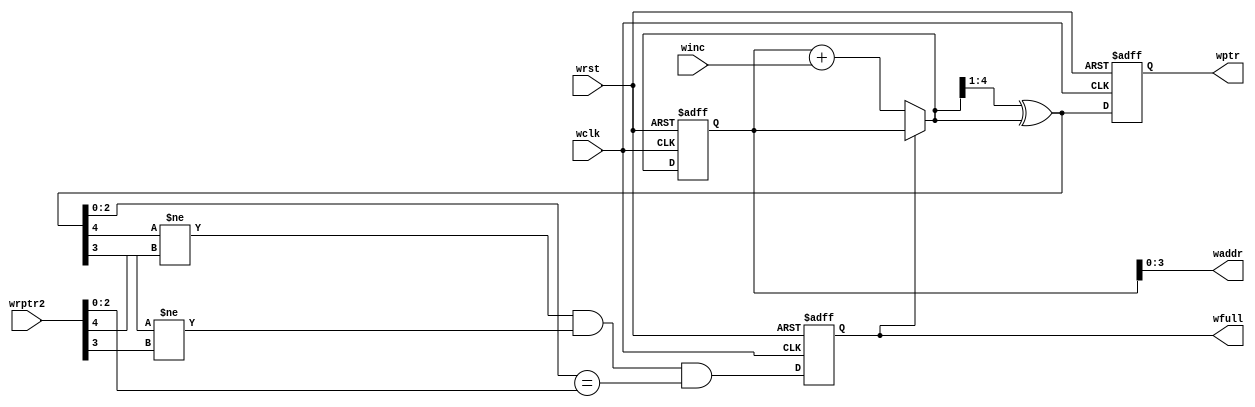
module wptr_full #(parameter ADDRSIZE = 4)
	 (
    output     [ADDRSIZE-1:0] waddr,
    output reg [ADDRSIZE:0]   wptr,
    output reg                wfull,
	 
    input      [ADDRSIZE:0]   wrptr2,
    input                     winc, wclk, wrst
    );

reg [ADDRSIZE:0] wbin, wgnext, wbnext;

// Grey code pointer
always @(posedge wclk or posedge wrst) begin
    if (wrst) begin
        wptr <= 0;
        wbin <= 0;
    end
    else begin
        wptr <= wgnext;
        wbin <= wbnext;
    end
end

always @(*) begin
    wbnext = (!wfull)? (wbin + winc) : wbin;
    wgnext = (wbnext>>1)^wbnext;
end

// Memory read-address pointer
assign waddr = wbin[ADDRSIZE-1:0];

// FIFO full generation
always @(posedge wclk or posedge wrst) begin
    if (wrst) wfull <= 1'b0;
    else wfull <= ((wgnext[ADDRSIZE]     != wrptr2[ADDRSIZE]  ) &&
                   (wgnext[ADDRSIZE-1]   != wrptr2[ADDRSIZE-1]) &&
                   (wgnext[ADDRSIZE-2:0] == wrptr2[ADDRSIZE-2:0]));
end

endmodule